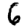
Digit: 6